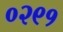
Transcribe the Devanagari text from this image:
०२९१